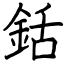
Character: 銛